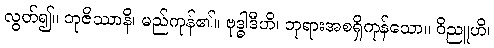
လွတ်၍။ ဘုဇိဿာနိ၊ မည်ကုန်၏။ ဗုဒ္ဓါဒီဟိ၊ ဘုရားအစရှိကုန်သော။ ဝိညူဟိ၊